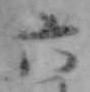
六